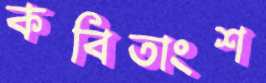
কবিতাংশ